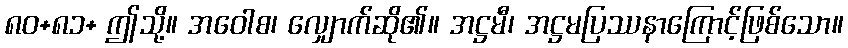
၈၀+၈၁+ ဤသို့။ အဝေါစ၊ လျှောက်ဆို၏။ အဋ္ဌမီ၊ အဋ္ဌမပြဿနာကြောင့်ဖြစ်သော။